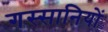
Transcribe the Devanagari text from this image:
गस्सानियों